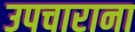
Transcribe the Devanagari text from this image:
उपचाराना